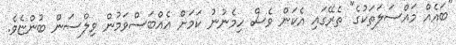
"ބައެއް މައްސަލަތަކުގެ" ތެރޭގައި އެކަން ވެސް ހިމެނުނު ކަމަށް އެއްބަސްވަމުން ވިލްސަން ބުންޏެވެ.